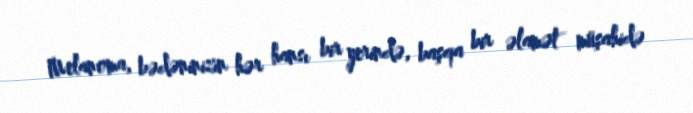
Melanoma, bədəninizin hər hansı bir yerində, başqa bir əlamət müşahidə